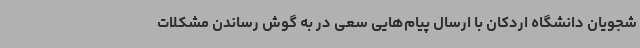
شجویان دانشگاه اردکان با ارسال پیام‌هایی سعی در به گوش رساندن مشکلات